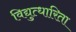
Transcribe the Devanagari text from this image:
विद्युत्धारिता